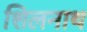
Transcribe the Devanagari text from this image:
शिलनाथ